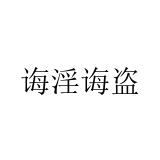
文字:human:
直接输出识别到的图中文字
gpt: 诲淫诲盗